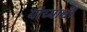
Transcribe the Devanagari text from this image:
यांच्याश्वी